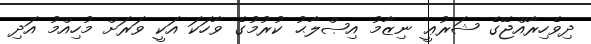
ދިވެހިރާއްޖޭގެ ޝަރުޢީ ނިޒާމު އިޞްލާޙު ކުރުމުގެ ވާހަކަ އަކީ ވަރަށް މުހިއްމު އަދި